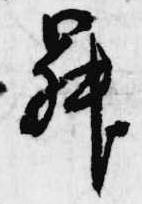
昇